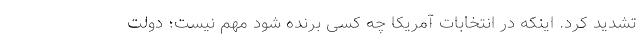
تشدید کرد. اینکه در انتخابات آمریکا چه کسی برنده شود مهم نیست؛ دولت